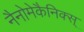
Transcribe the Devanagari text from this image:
नैनोमेकैनिक्स्